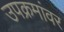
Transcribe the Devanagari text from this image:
उपक्रमांवर